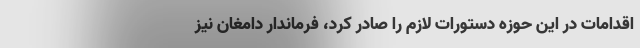
اقدامات در این حوزه دستورات لازم را صادر کرد، فرماندار دامغان نیز